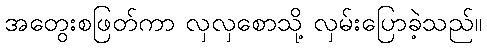
အတွေးစဖြတ်ကာ လှလှစောသို့ လှမ်းပြောခဲ့သည်။